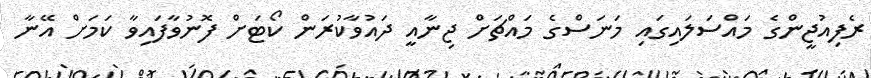
ރެފިއުޖީންގެ މަައްސަލައިގައި މަނަސްގެ މައްޗަށް ޖިނާއީ ދައުވާކުރަން ކޯޓަަށް ފޮނުވާފައިވާ ކަމަށް އޭނާ